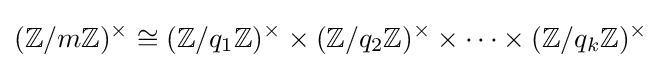
(\mathbb {Z} /m\mathbb {Z} )^{\times }\cong (\mathbb {Z} /q_{1}\mathbb {Z} )^{\times }\times (\mathbb {Z} /q_{2}\mathbb {Z} )^{\times }\times \dots \times (\mathbb {Z} /q_{k}\mathbb {Z} )^{\times }